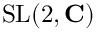
\mathrm { S L } ( 2 , \mathbf { C } )